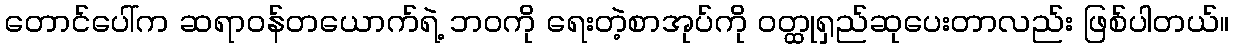
တောင်ပေါ်က ဆရာဝန်တယောက်ရဲ့ ဘဝကို ရေးတဲ့စာအုပ်ကို ဝတ္ထုရှည်ဆုပေးတာလည်း ဖြစ်ပါတယ်။